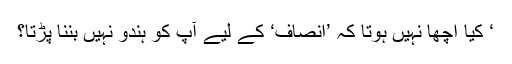
‘ کیا اچھا نہیں ہوتا کہ ’انصاف‘ کے لیے آپ کو ہندو نہیں بننا پڑتا؟